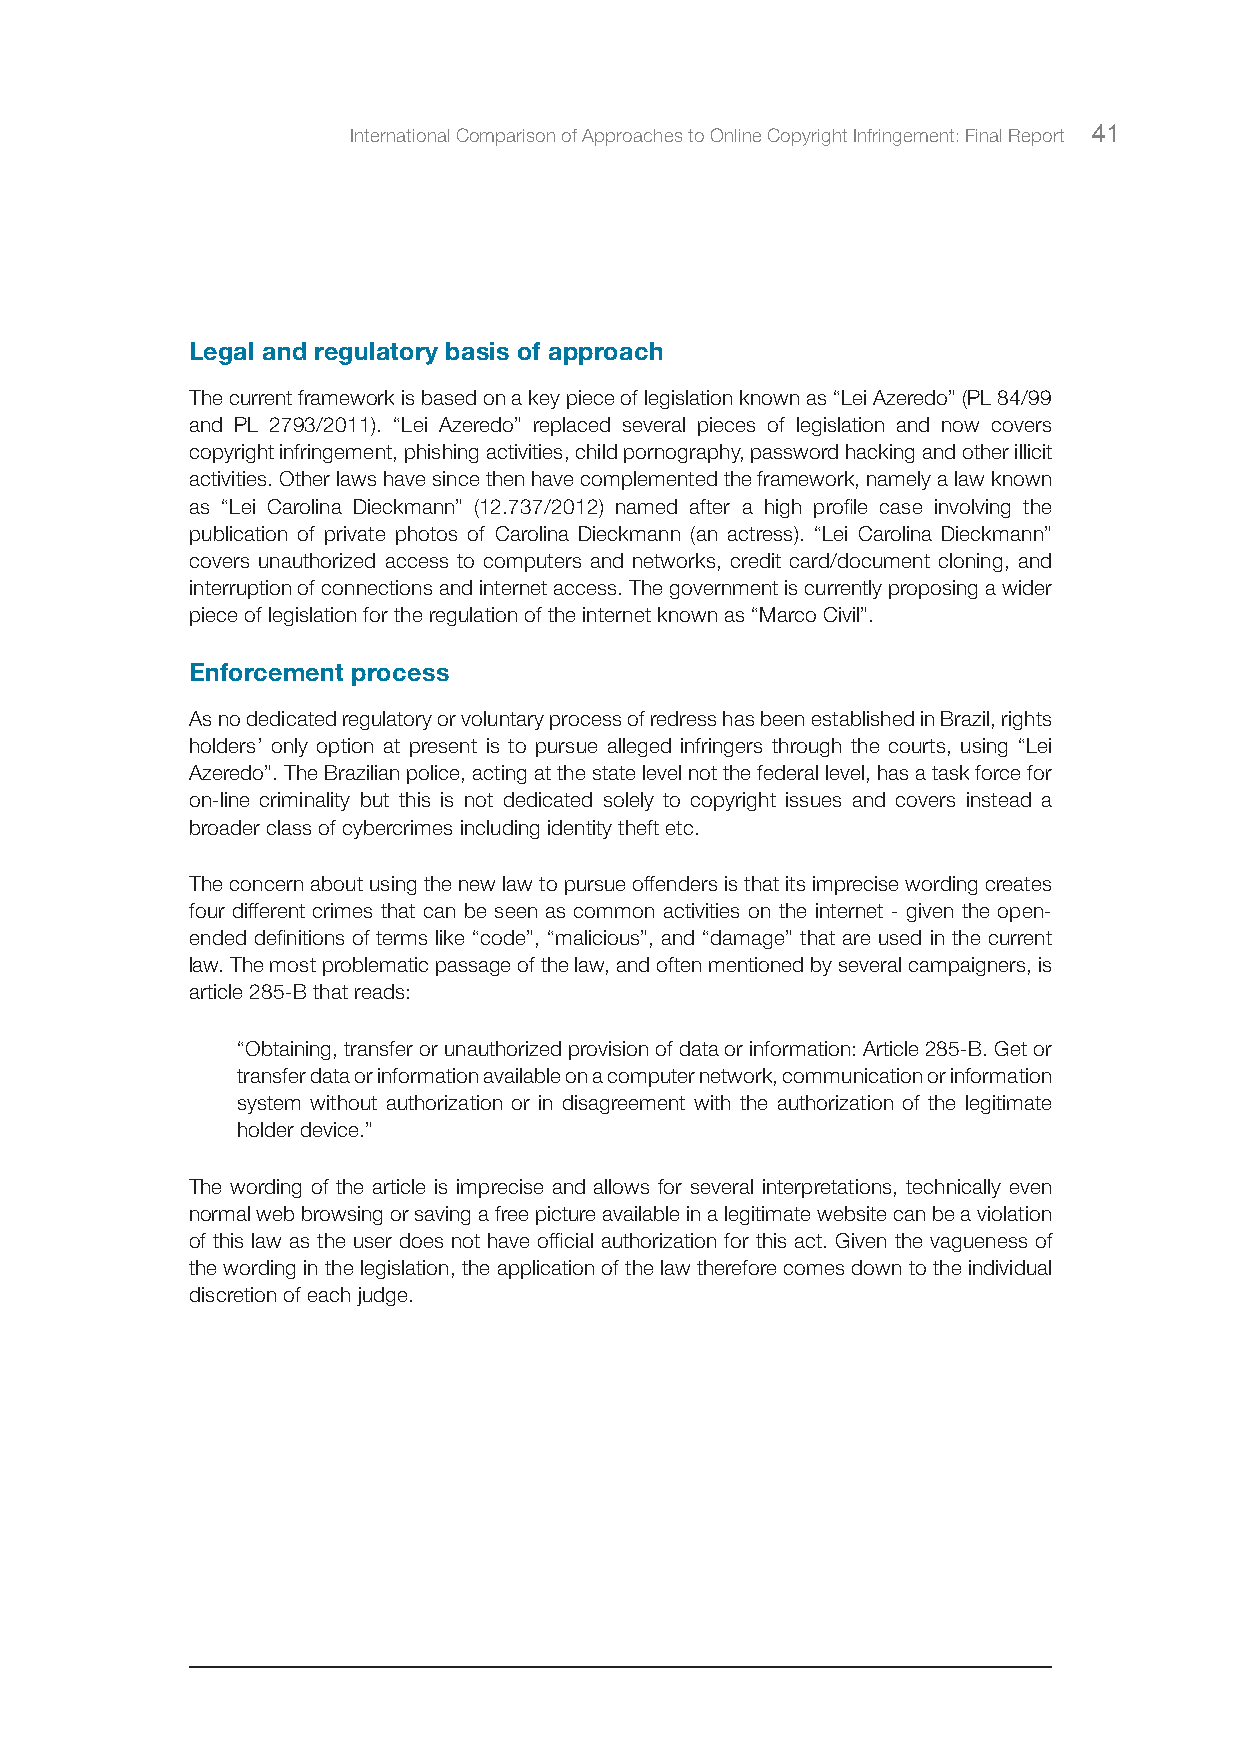
International Comparison of Approaches to Online Copyright Infringement: Final Report 41
 Legal and regulatory basis of approach
 The current framework is based on a key piece of legislation known as “Lei Azeredo” (PL 84/99
 and PL 2793/2011). “Lei Azeredo” replaced several pieces of legislation and now covers
 copyright infringement, phishing activities, child pornography, password hacking and other illicit
 activities. Other laws have since then have complemented the framework, namely a law known
 as “Lei Carolina Dieckmann” (12.737/2012) named after a high profile case involving the
 publication of private photos of Carolina Dieckmann (an actress). “Lei Carolina Dieckmann”
 covers unauthorized access to computers and networks, credit card/document cloning, and
 interruption of connections and internet access. The government is currently proposing a wider
 piece of legislation for the regulation of the internet known as “Marco Civil”.
 Enforcement process
 As no dedicated regulatory or voluntary process of redress has been established in Brazil, rights
 holders’ only option at present is to pursue alleged infringers through the courts, using “Lei
 Azeredo”. The Brazilian police, acting at the state level not the federal level, has a task force for
 on-line criminality but this is not dedicated solely to copyright issues and covers instead a
 broader class of cybercrimes including identity theft etc.
 The concern about using the new law to pursue offenders is that its imprecise wording creates
 four different crimes that can be seen as common activities on the internet - given the open-
 ended definitions of terms like “code”, “malicious”, and “damage” that are used in the current
 law. The most problematic passage of the law, and often mentioned by several campaigners, is
 article 285-B that reads:
 “Obtaining, transfer or unauthorized provision of data or information: Article 285-B. Get or
 transfer data or information available on a computer network, communication or information
 system without authorization or in disagreement with the authorization of the legitimate
 holder device.”
 The wording of the article is imprecise and allows for several interpretations, technically even
 normal web browsing or saving a free picture available in a legitimate website can be a violation
 of this law as the user does not have official authorization for this act. Given the vagueness of
 the wording in the legislation, the application of the law therefore comes down to the individual
 discretion of each judge.